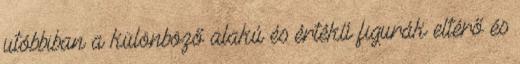
utóbbiban a különböző alakú és értékű figurák eltérő és